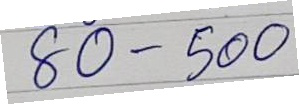
80 - 500